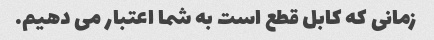
زمانی که کابل قطع است به شما اعتبار می دهیم.